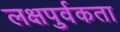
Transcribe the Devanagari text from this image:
लक्षपुर्वकता